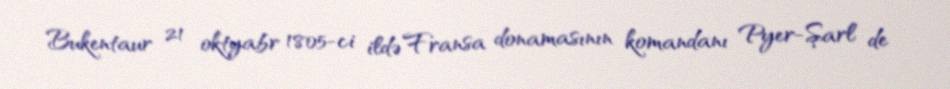
Bukentaur 21 oktyabr 1805-ci ildə Fransa donamasının komandanı Pyer-Şarl de